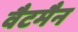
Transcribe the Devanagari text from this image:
वैटमैन